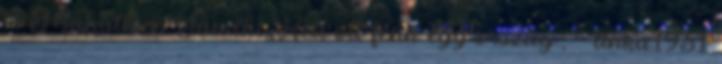
el Mahátma Gandhi,Kell ott fenn egy ország., - tinka1951